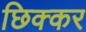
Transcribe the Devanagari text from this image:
छिक्कर